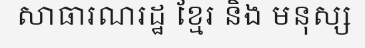
សាធារណរដ្ឋ ខ្មែរ និង មនុស្ស